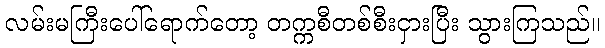
လမ်းမကြီးပေါ်ရောက်တော့ တက္ကစီတစ်စီးငှားပြီး သွားကြသည်။